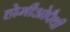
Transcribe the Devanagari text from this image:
होमीओपैथी